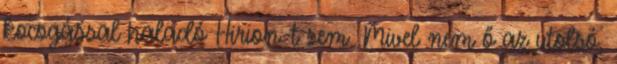
kocogással haladó Hirion-t sem. Mivel nem ő az utolsó,